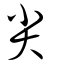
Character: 尖